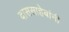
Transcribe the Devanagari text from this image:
दाससाहेबांनी